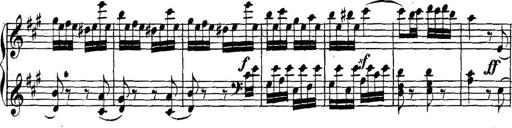
Title: Collected Piano Sonatas
Composer: Muzio Clementi